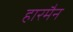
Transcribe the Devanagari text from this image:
हारमैन